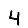
Digit: 4